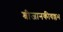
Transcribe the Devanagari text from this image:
श्रीजानकीवल्लभ